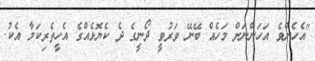
"އެހެންވެ އަހަންނަށް މަހެއް ބޭނޭ ވަރުވީ ދޯނީގެ ދެ ކެޔޮޅެއްގެ އެހީތެރިކަމާ އެކު.